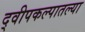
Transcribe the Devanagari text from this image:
द्वीपकल्पातल्या